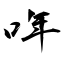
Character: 哖